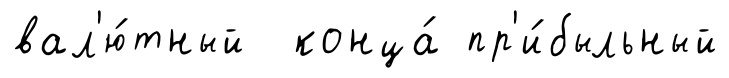
вал'ю́тный конца́ пр'и́быльный